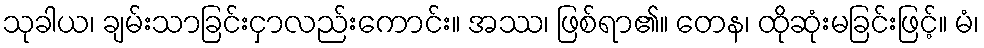
သုခါယ၊ ချမ်းသာခြင်းငှာလည်းကောင်း။ အဿ၊ ဖြစ်ရာ၏။ တေန၊ ထိုဆုံးမခြင်းဖြင့်။ မံ၊